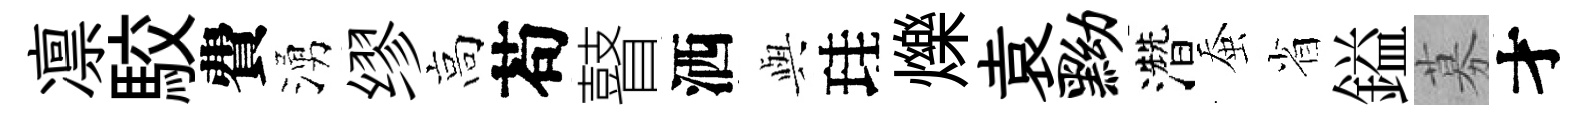
凛駮費湧缪高苟瞽洒𫤰珪爍袁黝濳蚕省鎰募才